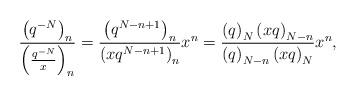
LaTeX: \begin{align*}\frac{\left(q^{-N}\right)_{n}}{\left(\frac{q^{-N}}{x}\right)_{n}}=\frac{\left(q^{N-n+1}\right)_{n}}{\left(xq^{N-n+1}\right)_{n}} x^{n}=\frac{\left(q\right)_{N}\left(xq\right)_{N-n}}{\left(q\right)_{N-n}\left(xq\right)_{N}}x^{n},\end{align*}